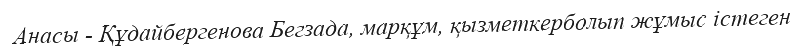
Анасы - Құдайбергенова Бегзада, марқұм, қызметкерболып жұмыс істеген